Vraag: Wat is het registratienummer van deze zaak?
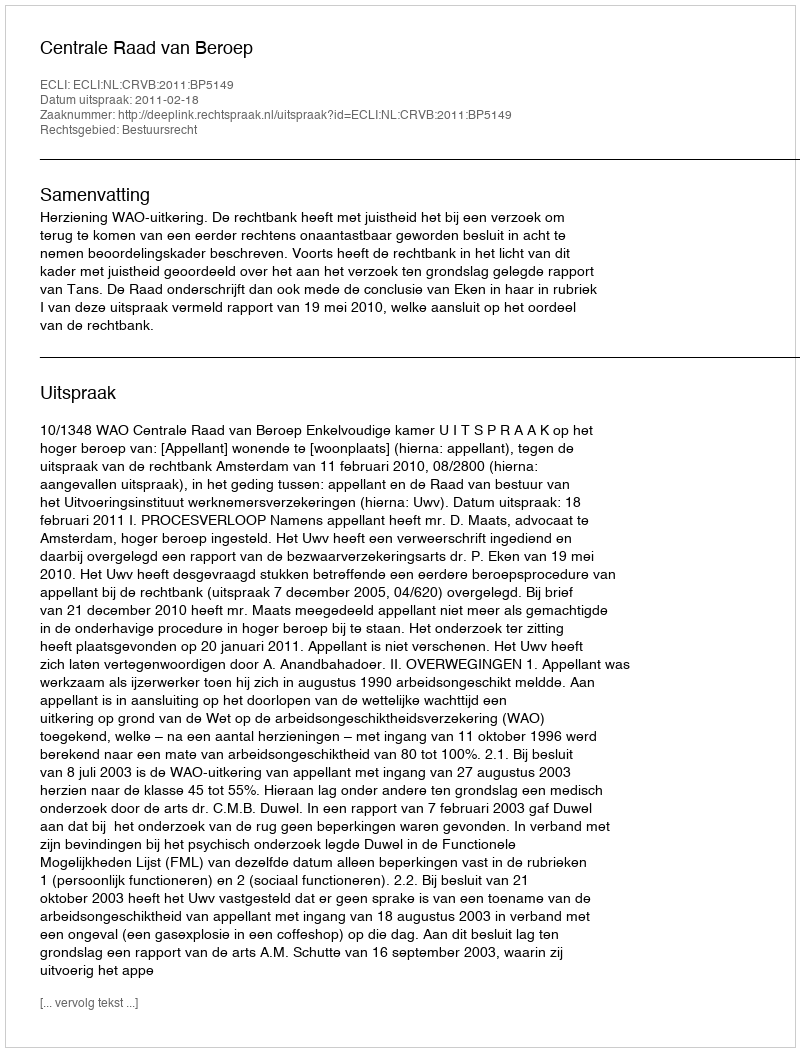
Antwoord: http://deeplink.rechtspraak.nl/uitspraak?id=ECLI:NL:CRVB:2011:BP5149